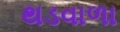
થડવાળા